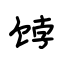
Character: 饽